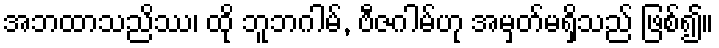
အဘထာသညိဿ၊ ထို ဘူဘဂါမ်, ဗီဇဂါမ်ဟု အမှတ်မရှိသည် ဖြစ်၍။